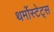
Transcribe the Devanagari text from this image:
थर्मोस्टेट्स